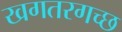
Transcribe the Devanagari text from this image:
खगतरगच्छ